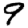
Digit: 9